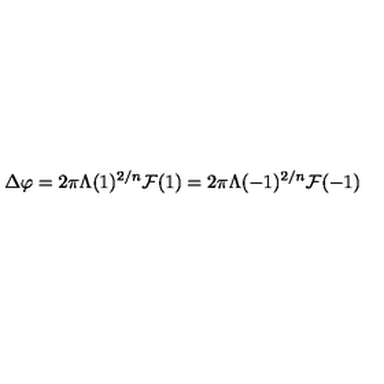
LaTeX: \Delta \varphi = 2 \pi \Lambda ( 1 ) ^ { 2 / n } { \cal F } ( 1 ) = 2 \pi \Lambda ( - 1 ) ^ { 2 / n } { \cal F } ( - 1 )